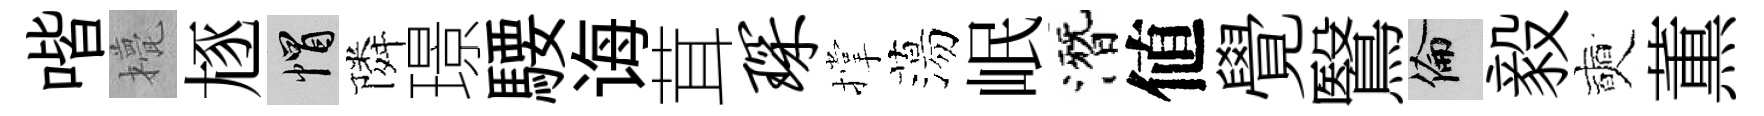
喈甍豗帽隣璟騕诲茸琛撑蕩岷潛値覺鷖倫毅奭薫